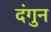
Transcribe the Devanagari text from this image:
दंगुन